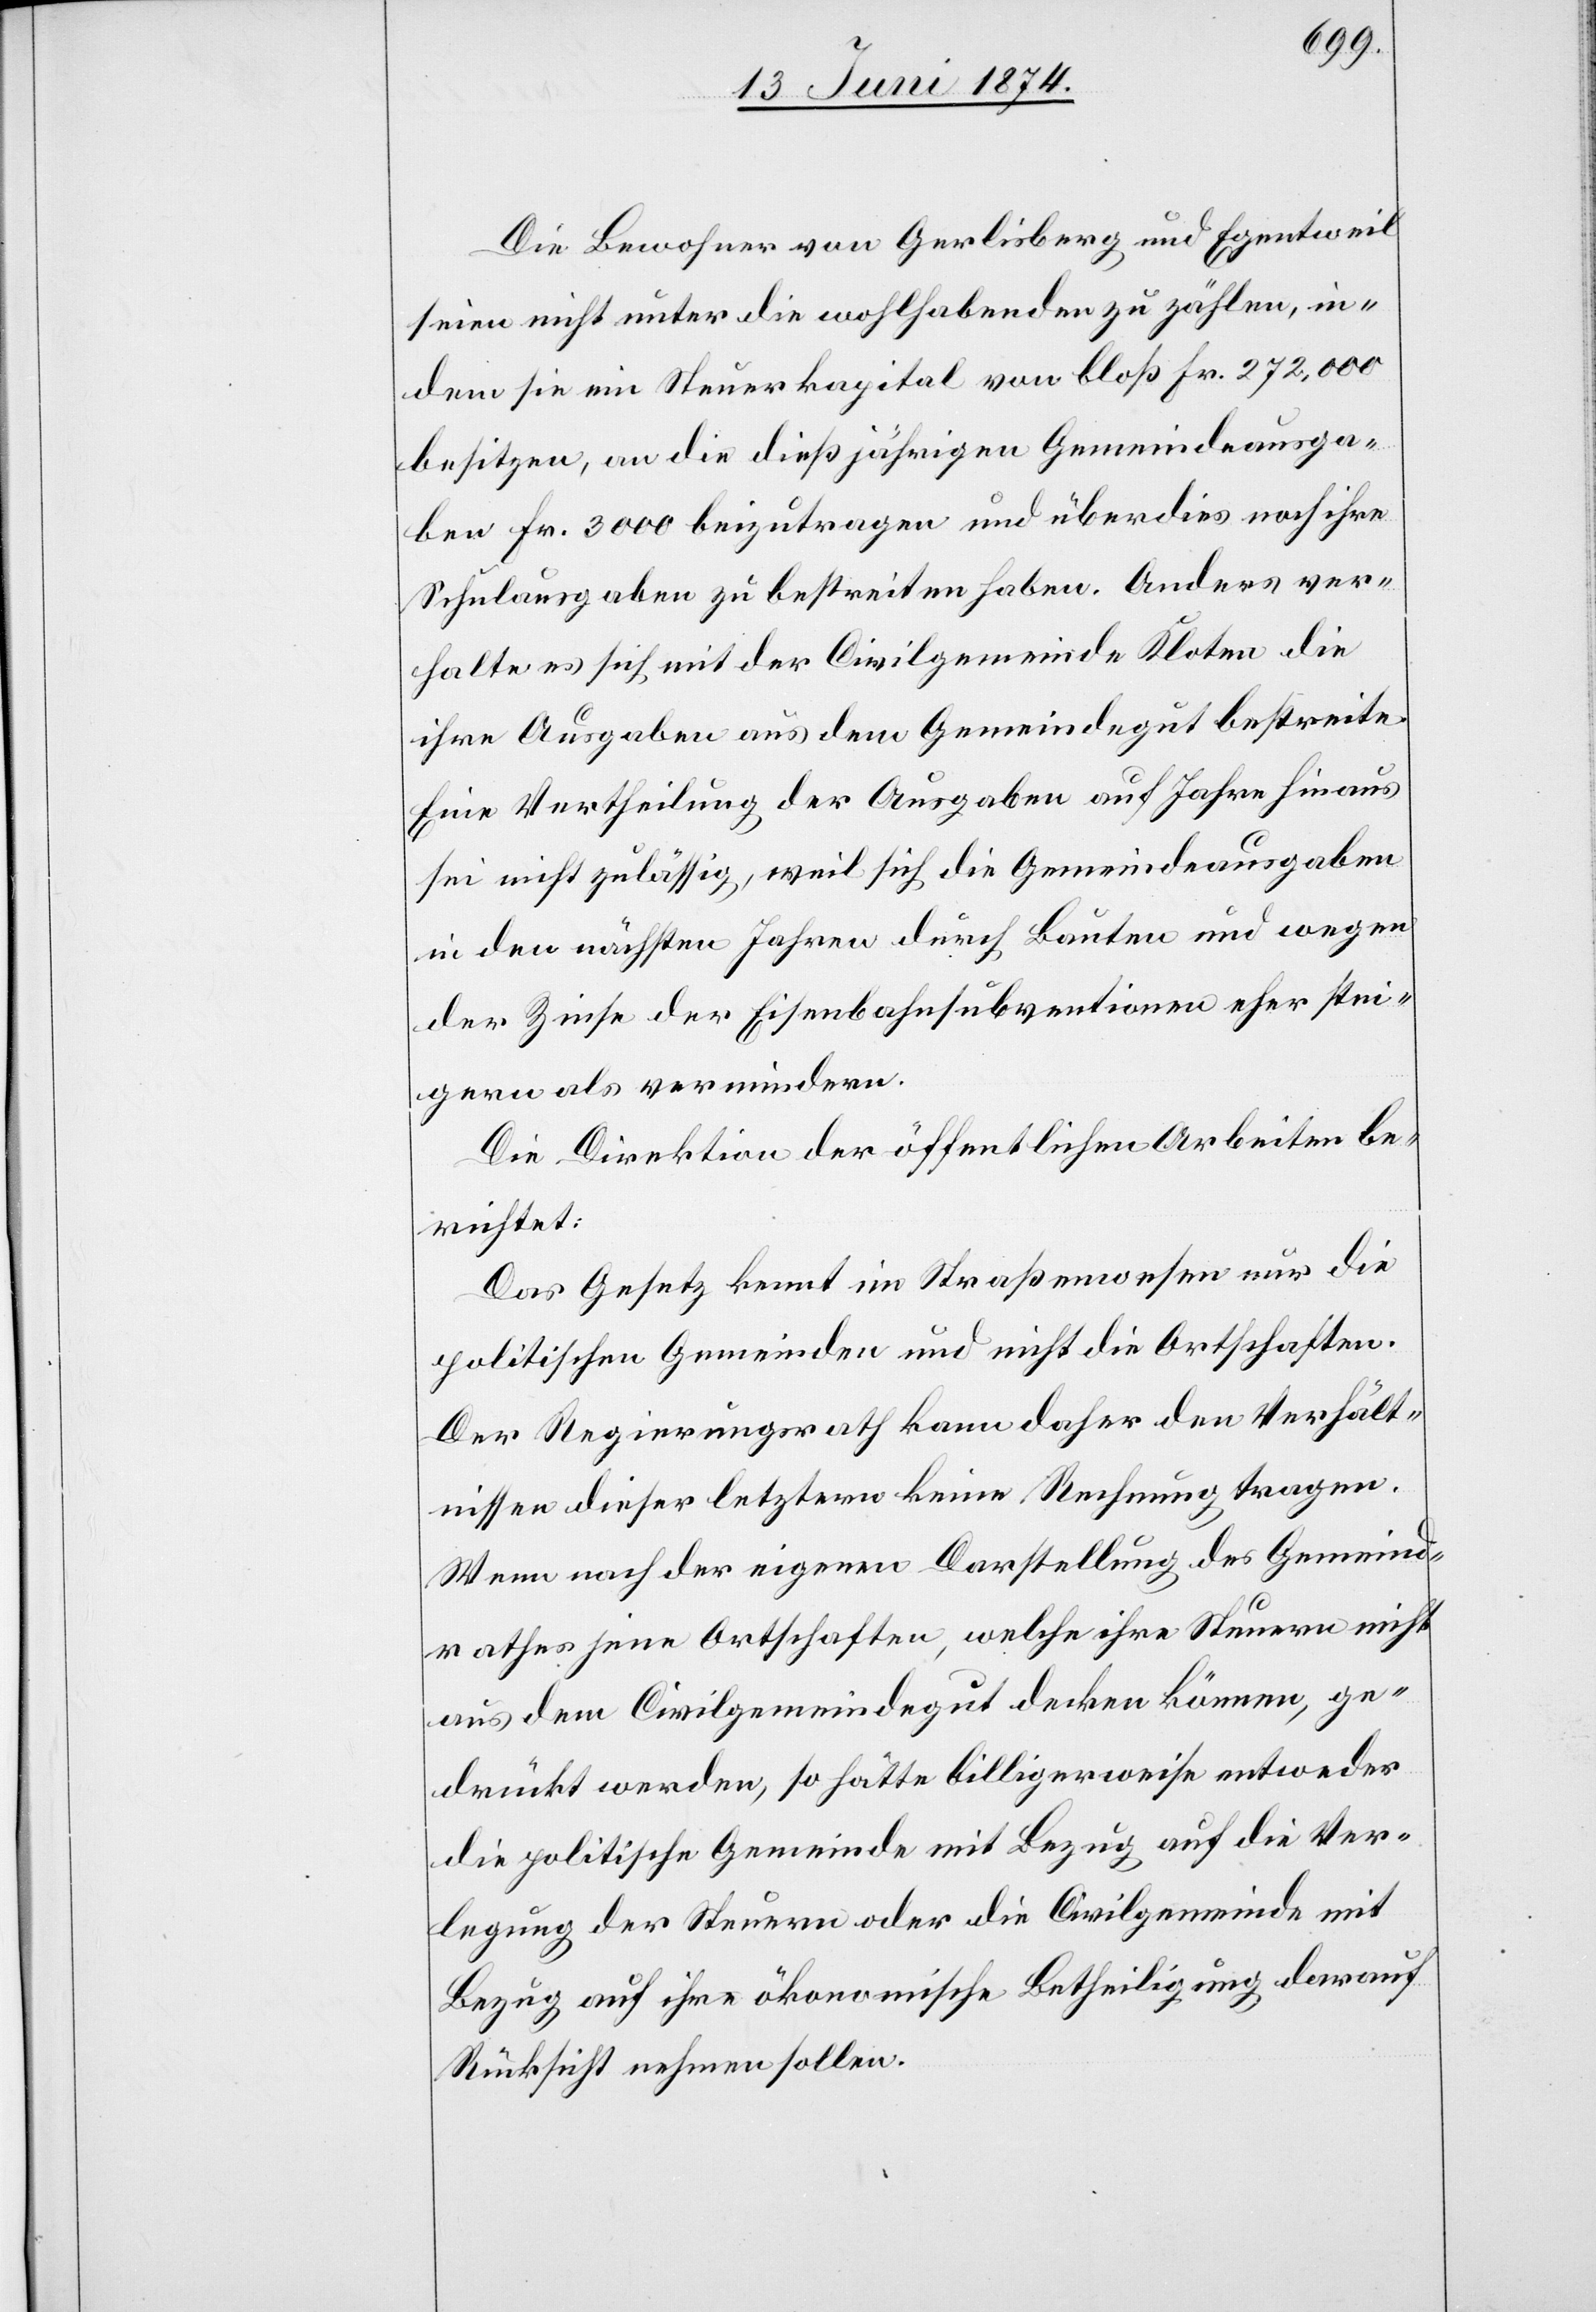
Die Bewohner von Gerlisberg und Egentweil
seien nicht unter die wohlhabenden zu zählen, in¬
dem sie ein Steuerkapital von bloß Fr. 272,000
besitzen, an die dießjährigen Gemeindeausga¬
ben Fr. 3000 beizutragen und überdies noch ihre
Schulausgaben zu bestreiten haben. Anders ver¬
halte es sich mit der Civilgemeinde Kloten die
ihre Ausgaben aus dem Gemeindegut bestreite.
Eine Vertheilung der Ausgaben auf Jahre hinaus
sei nicht zulässig, weil sich die Gemeindeausgaben
in den nächsten Jahren durch Bauten und wegen
der Zinse der Eisenbahnsubventionen eher stei¬
gern als vermindern.
Die Direktion der öffentlichen Arbeiten be¬
richtet:
Das Gesetz kennt im Straßenwesen nur die
politischen Gemeinden und nicht die Ortschaften.
Der Regierungsrath kann daher den Verhält¬
nissen dieser letztern keine Rechnung tragen.
Wenn nach der eigenen Darstellung des Gemeind¬
rathes jene Ortschaften, welche ihre Steuern nicht
aus dem Civilgemeindegut decken können, ge¬
drückt werden, so hätte billigerweise entweder
die politische Gemeinde mit Bezug auf die Ver¬
legung der Steuern oder die Civilgemeinde mit
Bezug auf ihre ökonomische Betheiligung darauf
Rücksicht nehmen sollen.